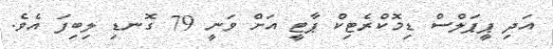
އަދި ޕީޕަލްސް ޑިމޮކްރެޓިކް ޕާޓީ އަށް ވަނީ 79 ގޮނޑި ލިބިފަ އެވެ.